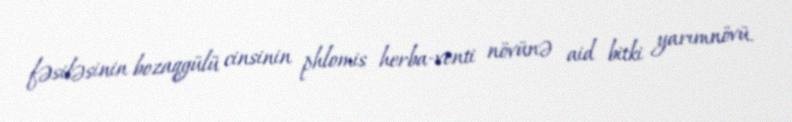
fəsiləsinin bozaqgülü cinsinin phlomis herba-venti növünə aid bitki yarımnövü.